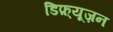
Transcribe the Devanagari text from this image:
डिफ़्यूज़न